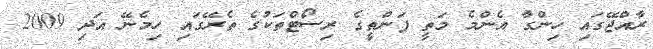
ރާއްޖޭގައި ހިންގާ އެންމެ މަތީ ފަންތީގެ ރިސޯޓްތަކުގެ ތެރޭގައި ހިމެނޭ އަދި 2009